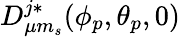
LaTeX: D_{\mu m_{s}}^{j\ast}(\phi_{p},\theta_{p},0)